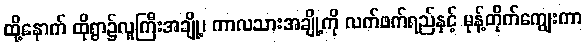
ထို့နောက် ထိုရွာ၌လူကြီးအချို့၊ ကာလသားအချို့ကို လက်ဖက်ရည်နှင့် မုန့်တိုက်ကျွေးကာ